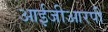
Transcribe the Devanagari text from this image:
आईजीआरपी